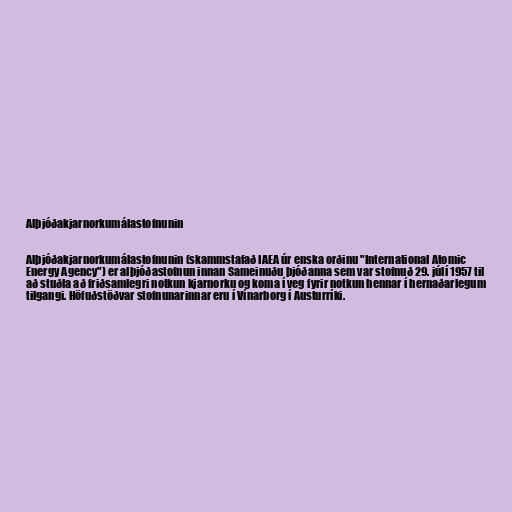
Alþjóðakjarnorkumálastofnunin

Alþjóðakjarnorkumálastofnunin (skammstafað IAEA úr enska orðinu "International Atomic
Energy Agency") er alþjóðastofnun innan Sameinuðu þjóðanna sem var stofnuð 29. júlí 1957 til
að stuðla að friðsamlegri notkun kjarnorku og koma í veg fyrir notkun hennar í hernaðarlegum
tilgangi. Höfuðstöðvar stofnunarinnar eru í Vínarborg í Austurríki.